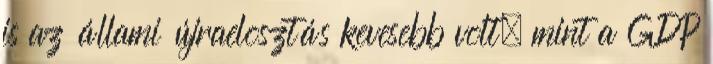
is az állami újraelosztás kevesebb volt, mint a GDP